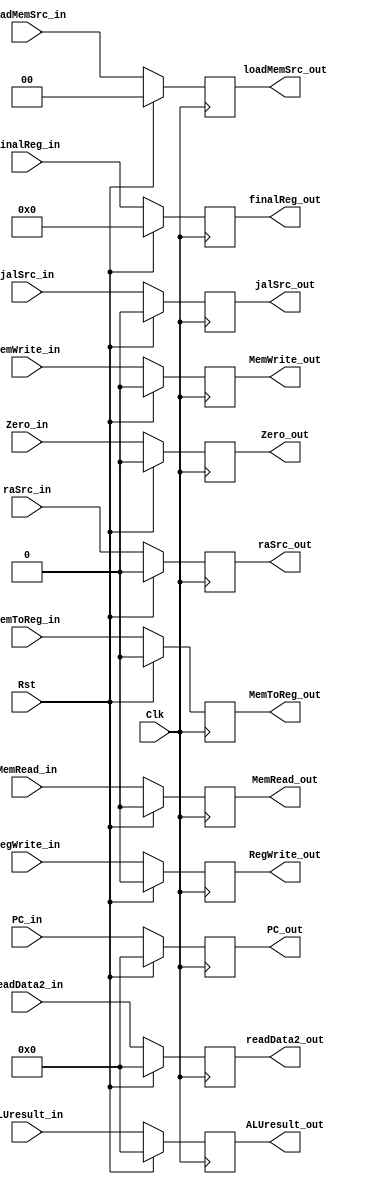
`timescale 1ns / 1ps
//////////////////////////////////////////////////////////////////////////////////
// Company: 
// Engineer: 
// 
// Design Name: 
// Module Name: EX_MEM_Register
// Project Name: 
// Target Devices: 
// Tool Versions: 
// Description: 
// 
// Dependencies: 
// 
// Revision:
// Revision 0.01 - File Created
// Additional Comments:
// 
//////////////////////////////////////////////////////////////////////////////////


module EX_MEM_Register(Rst, Clk, ALUresult_in, Zero_in, readData2_in, finalReg_in, 
    ALUresult_out, readData2_out, Zero_out, finalReg_out,
    RegWrite_in, MemToReg_in, RegWrite_out, MemToReg_out,
    MemRead_in, MemWrite_in, loadMemSrc_in, MemRead_out, MemWrite_out, loadMemSrc_out,
    jalSrc_in, raSrc_in, PC_in, jalSrc_out, raSrc_out, PC_out
    );
    
    input [31:0] PC_in, ALUresult_in, readData2_in;
    input [4:0] finalReg_in;
    input jalSrc_in, raSrc_in, Rst, Clk, Zero_in, RegWrite_in, MemToReg_in, MemRead_in, MemWrite_in;
    input [1:0] loadMemSrc_in;
    
    output reg [31:0] PC_out, ALUresult_out, readData2_out;
    output reg [4:0] finalReg_out;
    output reg jalSrc_out, raSrc_out, Zero_out, RegWrite_out, MemToReg_out, MemRead_out, MemWrite_out;
    output reg [1:0] loadMemSrc_out;
    
    always @ (posedge Clk) begin
        if (Rst == 1) begin
            ALUresult_out <= 0;
            Zero_out <= 0;
            readData2_out <= 0;
            finalReg_out <= 0;
            RegWrite_out <= 0;
            MemToReg_out <= 0;
            MemRead_out <= 0;
            MemWrite_out <= 0;
            loadMemSrc_out <= 0;
            jalSrc_out <= 0;
            raSrc_out <= 0;
            PC_out <= 0;
        end
        else begin
            ALUresult_out <= ALUresult_in;
            Zero_out <= Zero_in;
            readData2_out <= readData2_in;
            finalReg_out <= finalReg_in;
            RegWrite_out <= RegWrite_in;
            MemToReg_out <= MemToReg_in;
            MemRead_out <= MemRead_in;
            MemWrite_out <= MemWrite_in;
            loadMemSrc_out <= loadMemSrc_in;
            jalSrc_out <= jalSrc_in;
            raSrc_out <= raSrc_in;
            PC_out <= PC_in;
        end
    end
endmodule